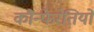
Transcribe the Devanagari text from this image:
कौन्फेरेतियो